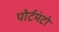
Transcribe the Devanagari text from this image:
पोर्टमंटो